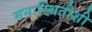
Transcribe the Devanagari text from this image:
मनःस्थितीशी